Indian journal of veterinary science and animal husbandry - Volume 3,
Year: 1933
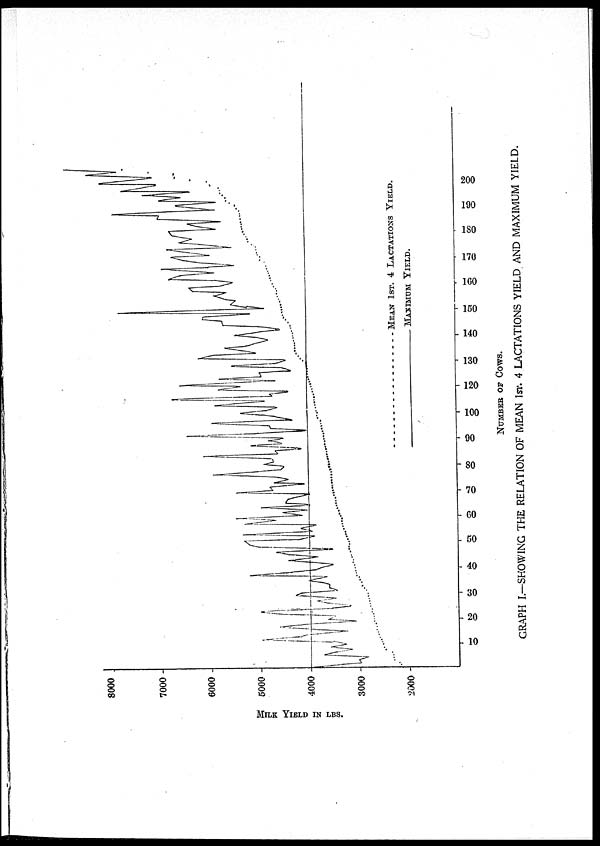
NUMBER OF COWS.
GRAPH I.—SHOWING THE RELATION OF MEAN 1ST. 4 LACTATIONS YIELD AND MAXIMUM YIELD.